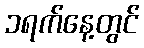
၁ရက်နေ့တွင်